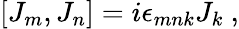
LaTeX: [J_{m},J_{n}]=i\epsilon_{mnk}J_{k}~,